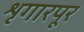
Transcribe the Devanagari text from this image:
शृगारपूर